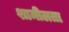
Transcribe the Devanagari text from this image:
शामीलता